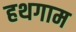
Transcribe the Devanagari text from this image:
हथगाम